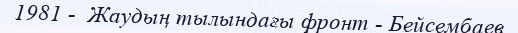
1981 -  Жаудың тылындағы фронт - Бейсембаев